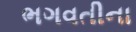
ભગવતીના